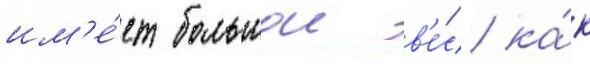
им'е́ет большои в'е́с ка́к